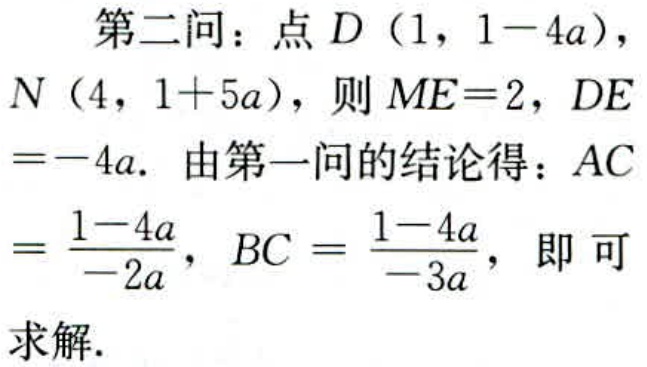
第二问：点\(D(1,1 - 4a)\)，\(N(4,1 + 5a)\)，则\(ME = 2\)，\(DE=-4a\). 由第一问的结论得：\(AC = \frac{1 - 4a}{-2a}\)，\(BC = \frac{1 - 4a}{-3a}\)，即可求解.